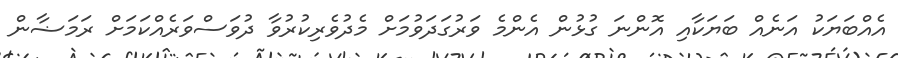
އެއްބަޔަކު އަނެއް ބަޔަކާއި އޮންނަ ގުޅުން އެންމެ ވަރުގަދަވުމަށް މެދުވެރިކުރުވާ ދުވަސްވަރެއްކަމަށް ރަމަޟާން